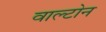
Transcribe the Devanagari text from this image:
वाल्टोन